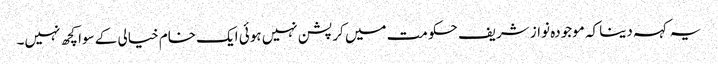
یہ کہہ دینا کہ موجودہ نواز شریف حکومت میں کرپشن نہیں ہوئی ایک خام خیالی کے سوا کچھ نہیں۔